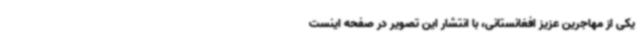
یکی از مهاجرین عزیز افغانستانی، با انتشار این تصویر در صفحه اینست